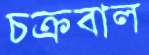
চক্রবাল